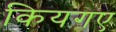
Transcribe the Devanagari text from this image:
कियगए